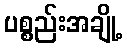
ပစ္စည်းအချို့